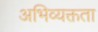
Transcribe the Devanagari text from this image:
अभिव्यक्तता